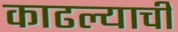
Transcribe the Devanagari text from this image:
काढल्याची